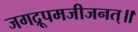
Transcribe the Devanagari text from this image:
जगद्रूपमजीजनत्॥